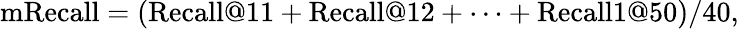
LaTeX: \mathrm{mRecall}=(\mathrm{Recall}@11+\mathrm{Recall}@12+\cdots+\mathrm{Recall}1@50)/40,